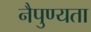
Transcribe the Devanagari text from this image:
नैपुण्यता